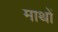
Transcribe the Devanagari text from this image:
माथों